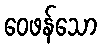
ဝေဖန်သော